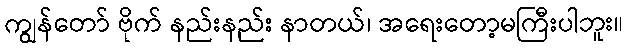
ကျွန်တော် ဗိုက် နည်းနည်း နာတယ်၊ အရေးတော့မကြီးပါဘူး။